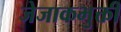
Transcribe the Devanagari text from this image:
जेजाकभुक्ती